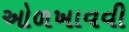
ઓળખાવવી